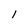
Character: 1